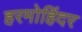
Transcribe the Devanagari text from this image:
हरमोहिंदर